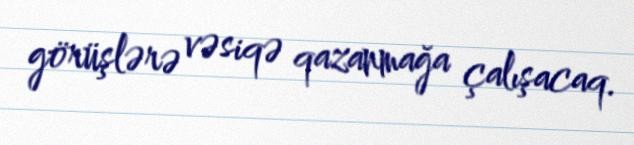
görüşlərə vəsiqə qazanmağa çalışacaq.